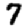
Digit: 7